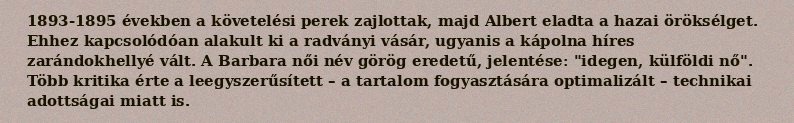
1893-1895 években a követelési perek zajlottak, majd Albert eladta a hazai öröksélget. Ehhez kapcsolódóan alakult ki a radványi vásár, ugyanis a kápolna híres zarándokhellyé vált. A Barbara női név görög eredetű, jelentése: "idegen, külföldi nő". Több kritika érte a leegyszerűsített – a tartalom fogyasztására optimalizált – technikai adottságai miatt is.